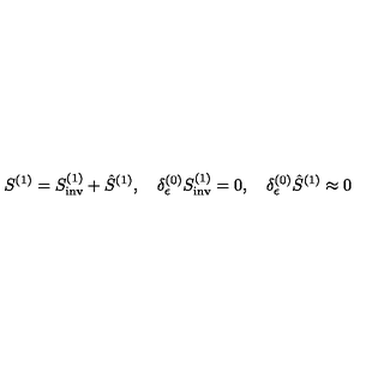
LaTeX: S ^ { ( 1 ) } = S _ { \mathrm { i n v } } ^ { ( 1 ) } + \hat { S } ^ { ( 1 ) } , \quad \delta _ { \epsilon } ^ { ( 0 ) } S _ { \mathrm { i n v } } ^ { ( 1 ) } = 0 , \quad \delta _ { \epsilon } ^ { ( 0 ) } \hat { S } ^ { ( 1 ) } \approx 0